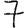
Digit: 7